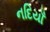
નદિયાઁ